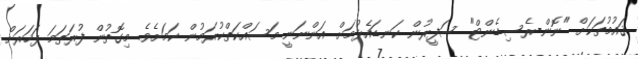
ޤައުމުތަކަށް "ނޮން-ރެސިޑެންޓް" ސަފީރުން ކަނޑައެޅުމަށް އަންނަނީ މަސައްކަތްކުރަމުން ކަމަށެވެ. މިގޮތުން ފުރަތަމަ ފަހަރަށް